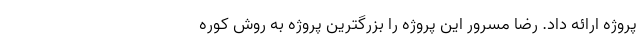
پروژه ارائه داد. رضا مسرور این پروژه را بزرگترین پروژه به روش کوره